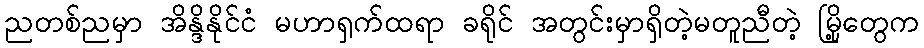
ညတစ်ညမှာ အိန္ဒိနိုင်ငံ မဟာရှက်ထရာ ခရိုင် အတွင်းမှာရှိတဲ့မတူညီတဲ့ မြို့တွေက